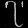
Digit: ၇